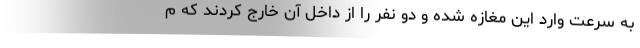
به سرعت وارد این مغازه شده و دو نفر را از داخل آن خارج کردند که م